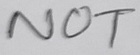
Text: NOT